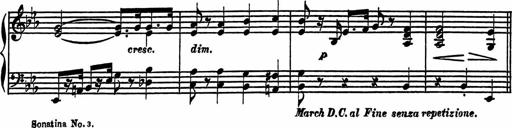
Title: 4 Piano Sonatinas
Composer: Adam Geibel